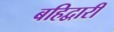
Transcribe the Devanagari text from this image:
बहिद्वारीं